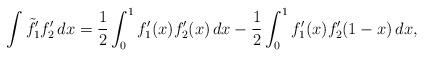
LaTeX: \begin{align*} \int \tilde f_1' f_2'\,dx = \frac{1}{2} \int_0^1 f_1'(x)f_2'(x)\,dx - \frac{1}{2}\int_0^1 f_1'(x)f_2'(1-x)\,dx, \end{align*}